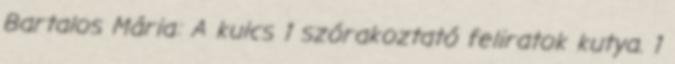
Bartalos Mária: A kulcs 1 szórakoztató feliratok kutya. 1